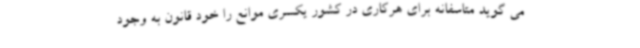
می گوید متاسفانه برای هرکاری در کشور یکسری موانع را خود قانون به وجود